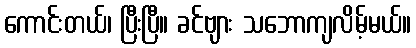
ကောင်းတယ်၊ ပြီးပြီ။ ခင်ဗျား သဘောကျလိမ့်မယ်။